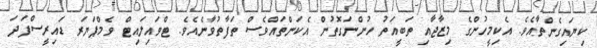
ކިޔައިގެންތާއެވެ. އެކިމީހުންގެ މިޒާޖާއި ތަބީއަތު ހުންނަގޮތުން އެކަންތައްވެސް ތަފާތުވާނެއެވެ. ޓްވައިލައިޓް ވެމްޕަޔަރ ޑައިރީސްފަދަ